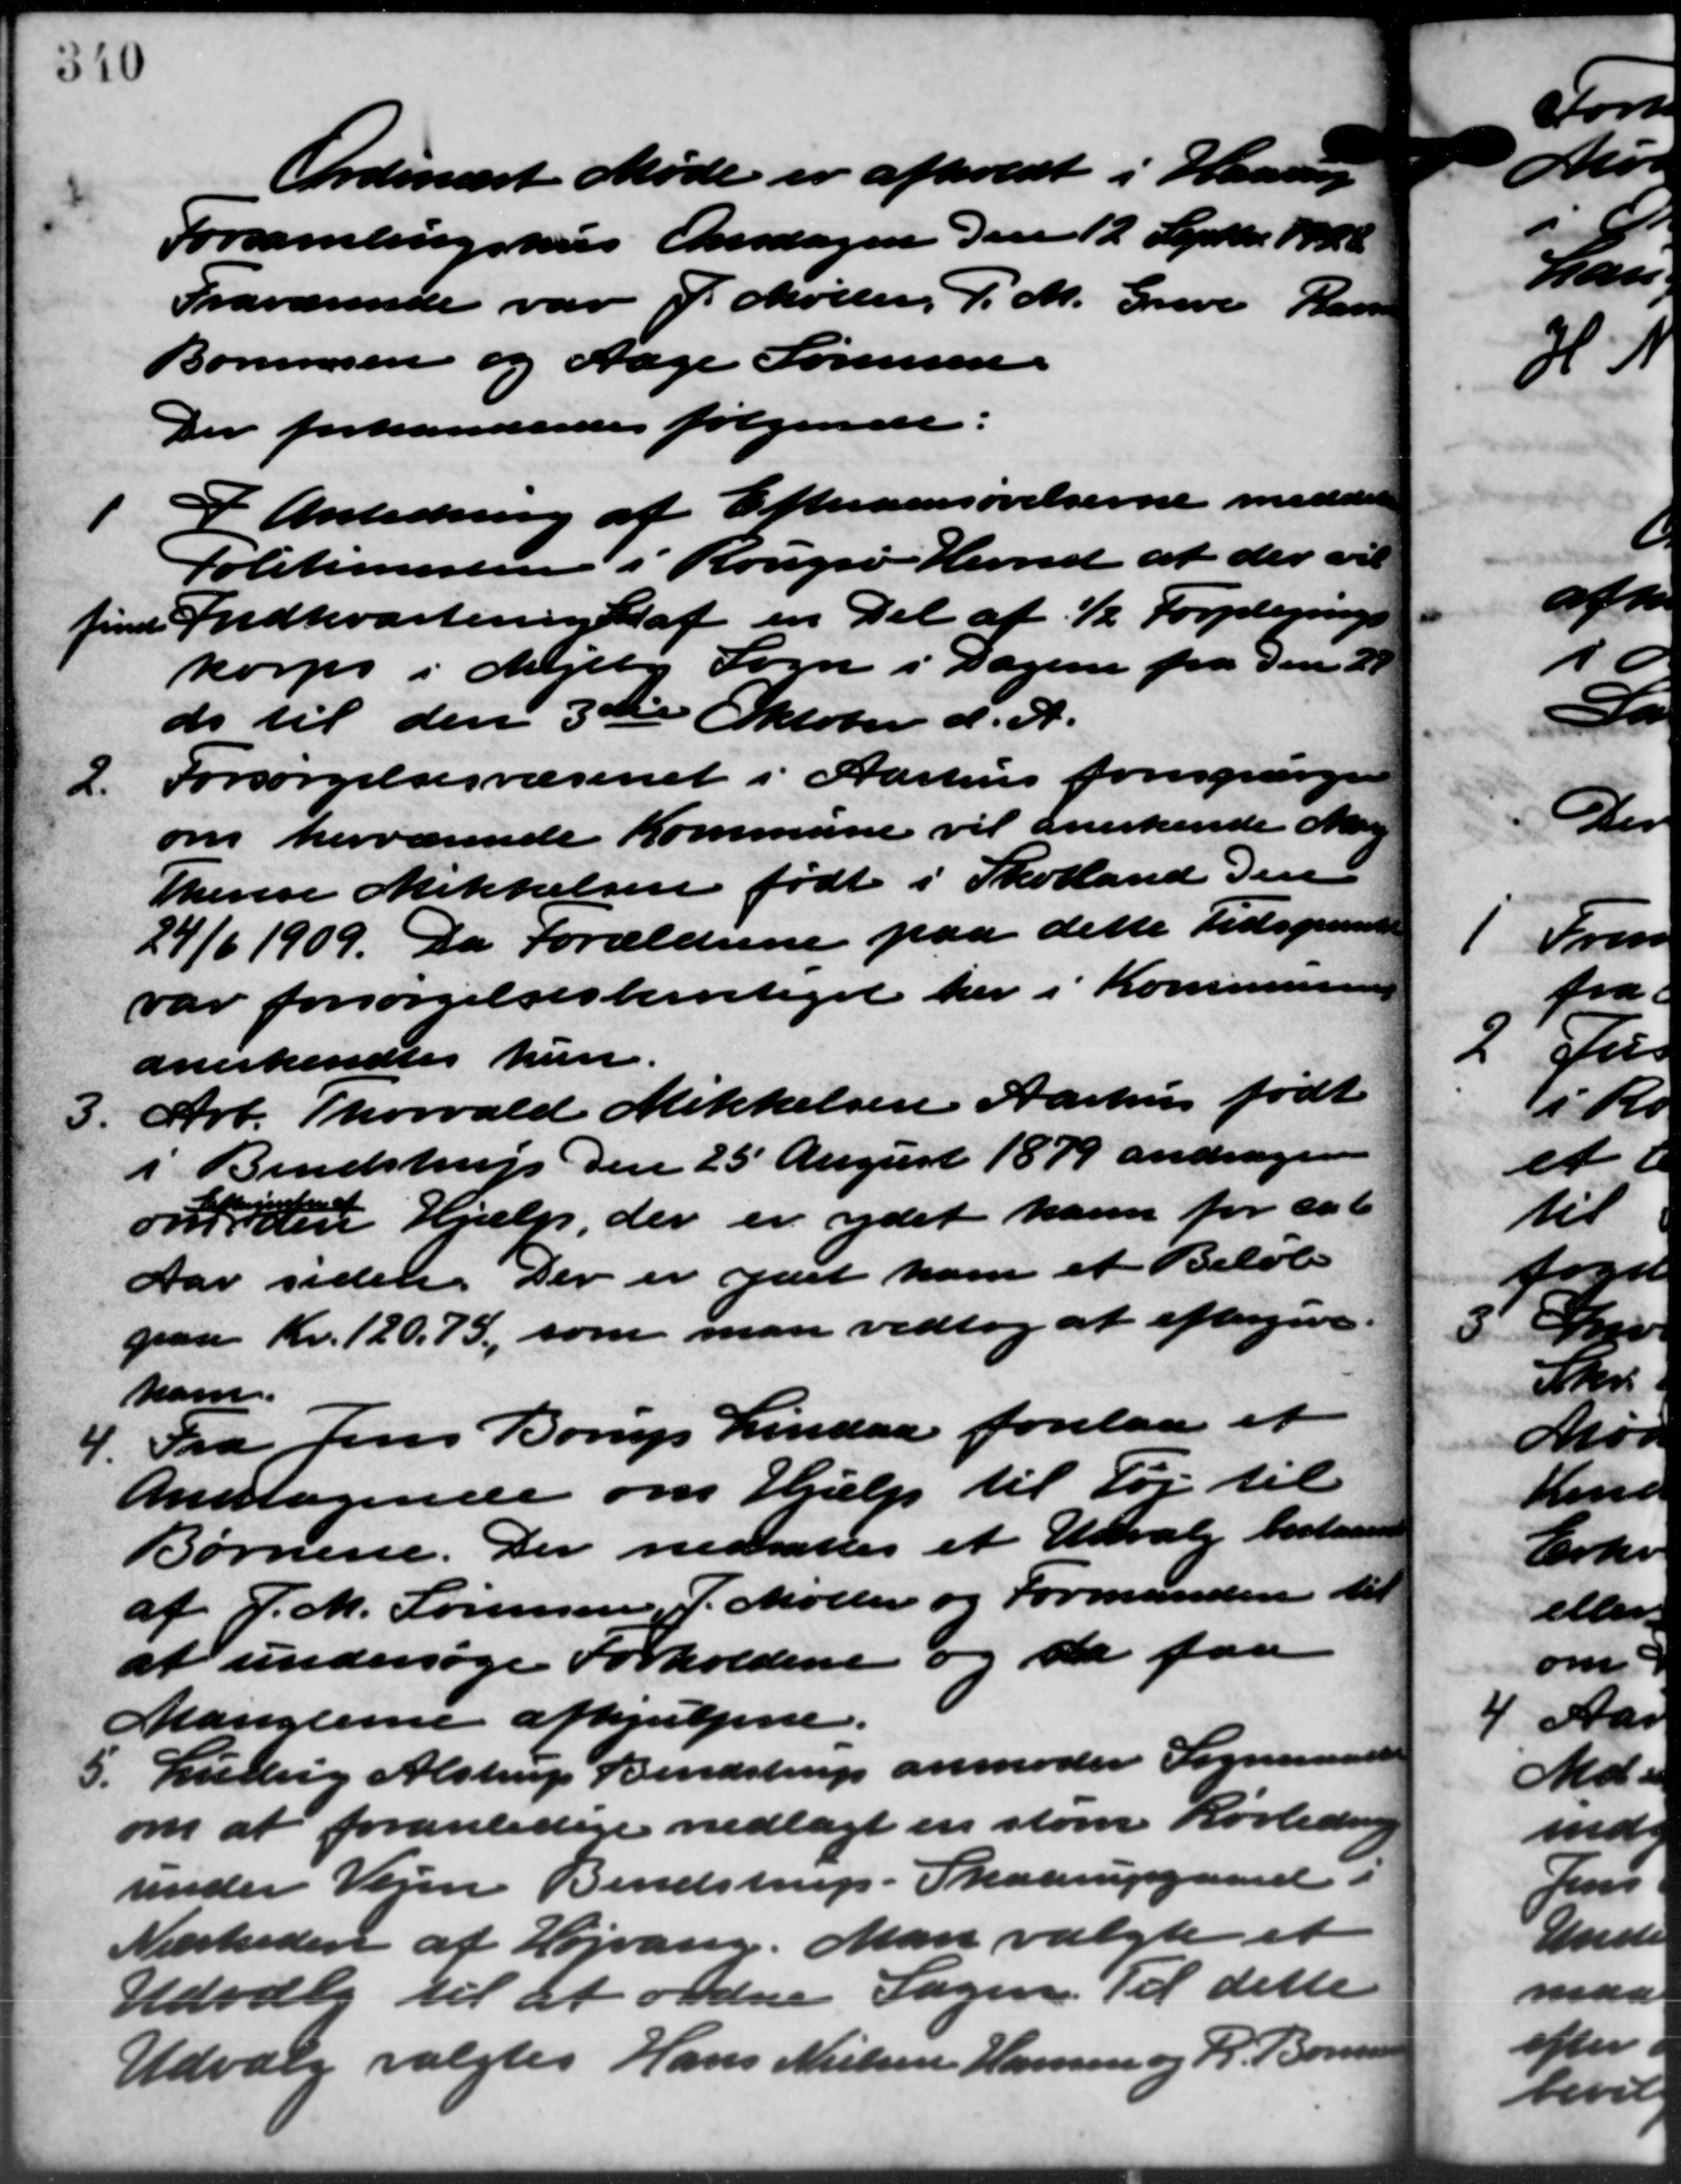
Transskription:
Ordinært Møde er afholdt i Haarup
Forsamlingshus Onsdagen den 12 Septbr. 1948
Fraværende var J. Møller, P. M. Greve Lars
Bonnesen og Aage Sørensen.
Der forhandledes følgende:

I Anledning af Efteraensøvelserne meddeler
Politimesteren i Rougsø Herred at der vil
finde Indkvartering af en Del af 12 Forplignings
korps i Mejlby Sogn i Dagene fra den 21
do til den 3die Oktober d. A.
2.
Forsørgelsesvæsenet i Aarhus forespørger
om herværende Kommune vil anerkende Marg
Therese Mikkelsen født i Skolland den
24/6 1909. Da Forældrene paa dette Tidspunkt
var forsørgelsesberettiget her i Kommunens
anerkendtes kun
3.
Arb. Thorvald Mikkelsen Aarhus født
i Bendstrup den 25 August 1879 andrager
om en Hjælp, der er ydet ham for cat
lang
Aar siden. Der er ydet ham et Beløb
paa Kr. 120.73, som man vedtog at eftergive
ham.
4. Fra Jens Borup Lindaa forelaa et
4. Fra Jens Borup Lindaa forelaa et
Andragende om Hjælp til Tøj til
Børnene. Der nedsattes et Udvalg bestaaet
af J. M. Sørensen, J. Møller og Formanden til
at undersøge Forholdene og da faa
Manglerne afhjulpne.
5. Ludvig Alstrup Bendstrup anmoder Sogneraads
5. Ludvig Alstrup Bendstrup anmoder Sogneraads
om at foranledige nedlagt en stor Rørledning
under Vejen Bendstrup - Skaarupgaard i
Nærheden af Højvang. Man valgte et
Udvalg til at ordne Sagen. Til dette
Udvalg valgtes Hans Nielsen Hansen og R. Bonnesen